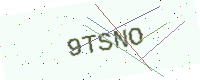
Text: 9TSNO